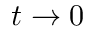
t \to 0